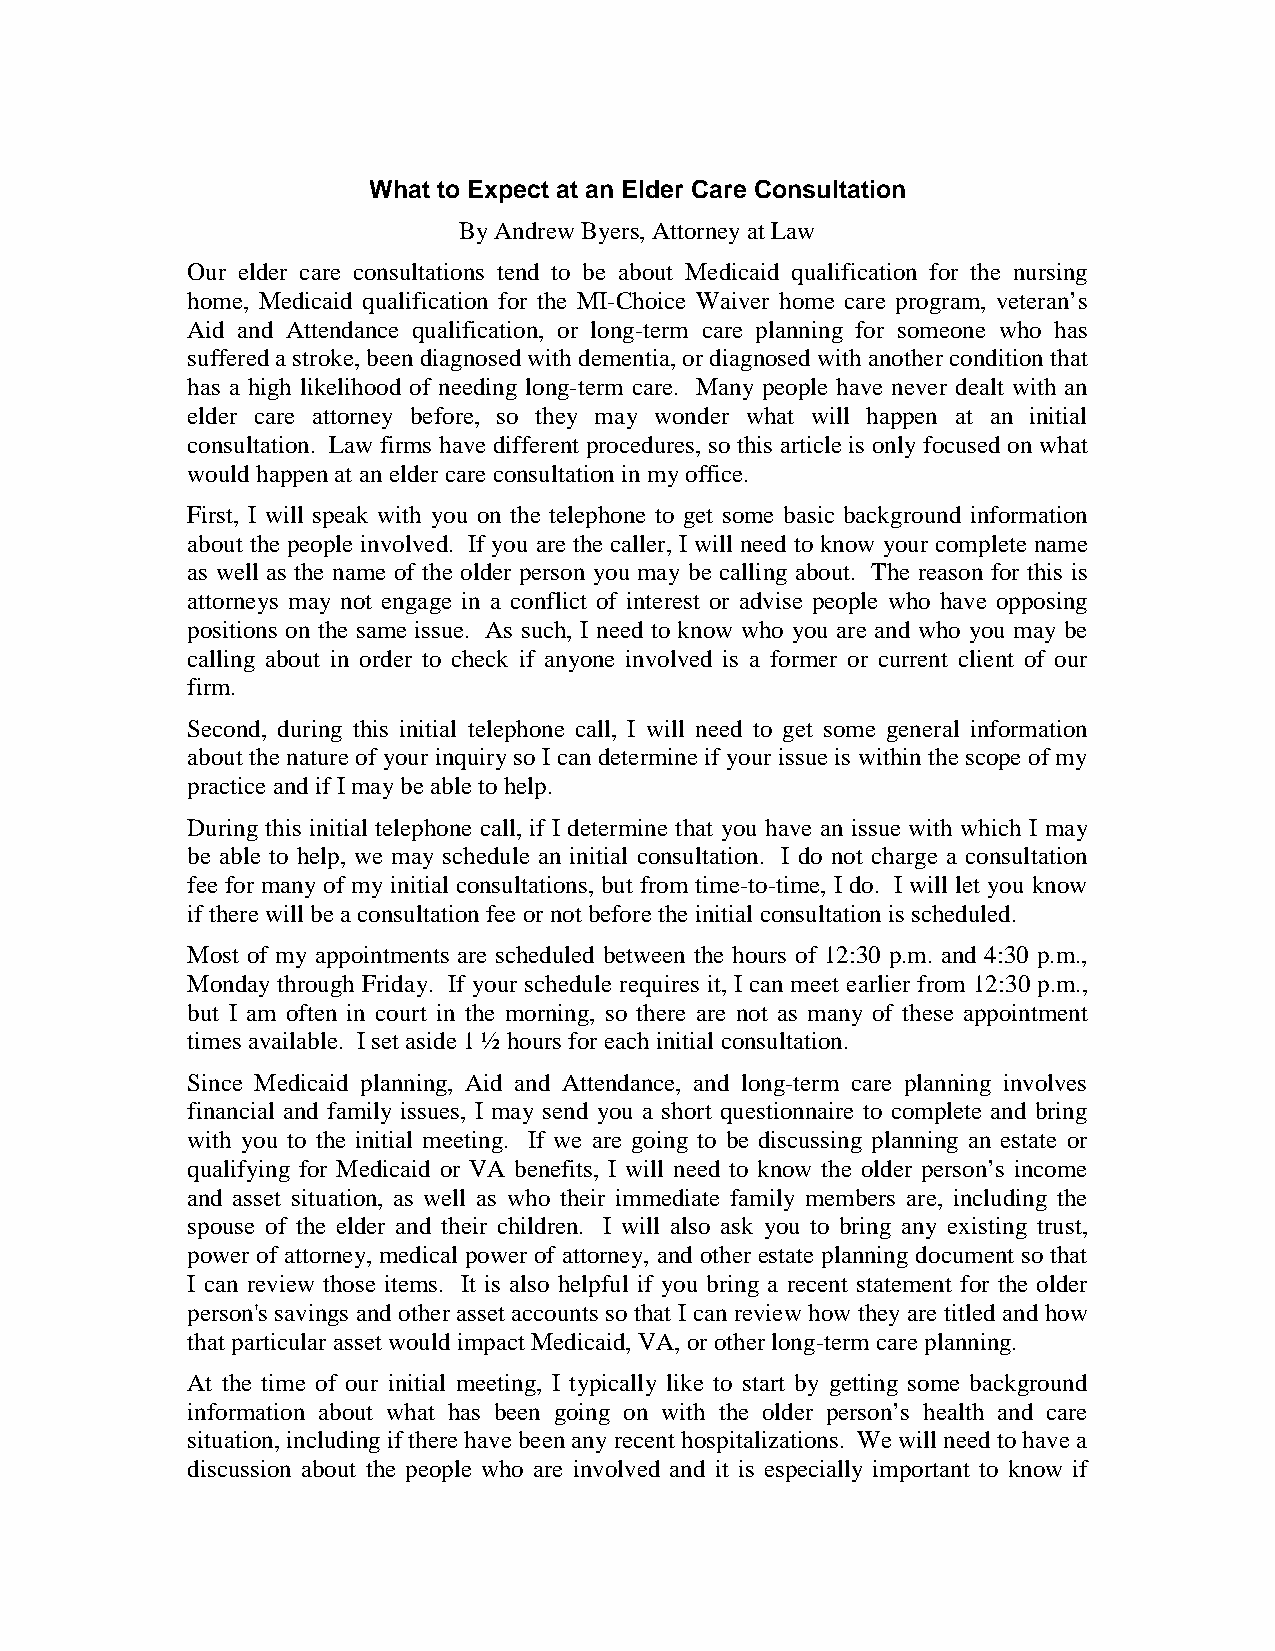
What to Expect at an Elder Care Consultation
 By Andrew Byers, Attorney at Law
 Our elder care consultations tend to be about Medicaid qualification for the nursing
 home, Medicaid qualification for the MI-Choice Waiver home care program, veteran’s
 Aid and Attendance qualification, or long-term care planning for someone who has
 suffered a stroke, been diagnosed with dementia, or diagnosed with another condition that
 has a high likelihood of needing long-term care. Many people have never dealt with an
 elder care attorney before, so they may wonder what will happen at an initial
 consultation. Law firms have different procedures, so this article is only focused on what
 would happen at an elder care consultation in my office.
 First, I will speak with you on the telephone to get some basic background information
 about the people involved. If you are the caller, I will need to know your complete name
 as well as the name of the older person you may be calling about. The reason for this is
 attorneys may not engage in a conflict of interest or advise people who have opposing
 positions on the same issue. As such, I need to know who you are and who you may be
 calling about in order to check if anyone involved is a former or current client of our
 firm.
 Second, during this initial telephone call, I will need to get some general information
 about the nature of your inquiry so I can determine if your issue is within the scope of my
 practice and if I may be able to help.
 During this initial telephone call, if I determine that you have an issue with which I may
 be able to help, we may schedule an initial consultation. I do not charge a consultation
 fee for many of my initial consultations, but from time-to-time, I do. I will let you know
 if there will be a consultation fee or not before the initial consultation is scheduled.
 Most of my appointments are scheduled between the hours of 12:30 p.m. and 4:30 p.m.,
 Monday through Friday. If your schedule requires it, I can meet earlier from 12:30 p.m.,
 but I am often in court in the morning, so there are not as many of these appointment
 times available. I set aside 1 ½ hours for each initial consultation.
 Since Medicaid planning, Aid and Attendance, and long-term care planning involves
 financial and family issues, I may send you a short questionnaire to complete and bring
 with you to the initial meeting. If we are going to be discussing planning an estate or
 qualifying for Medicaid or VA benefits, I will need to know the older person’s income
 and asset situation, as well as who their immediate family members are, including the
 spouse of the elder and their children. I will also ask you to bring any existing trust,
 power of attorney, medical power of attorney, and other estate planning document so that
 I can review those items. It is also helpful if you bring a recent statement for the older
 person's savings and other asset accounts so that I can review how they are titled and how
 that particular asset would impact Medicaid, VA, or other long-term care planning.
 At the time of our initial meeting, I typically like to start by getting some background
 information about what has been going on with the older person’s health and care
 situation, including if there have been any recent hospitalizations. We will need to have a
 discussion about the people who are involved and it is especially important to know if